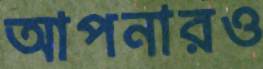
আপনারও